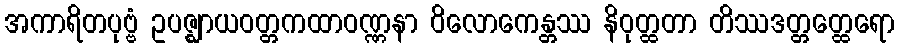
အကာရိတပုဗ္ဗံ ဥပဇ္ဈာယဝတ္တကထာဝဏ္ဏနာ ဝိလောကေန္တဿ နိဝုတ္ထတာ တိဿဒတ္တတ္ထေရော